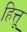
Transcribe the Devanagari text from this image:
हित्तू